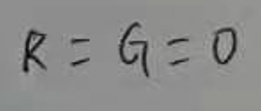
\[
R = G = 0
\]